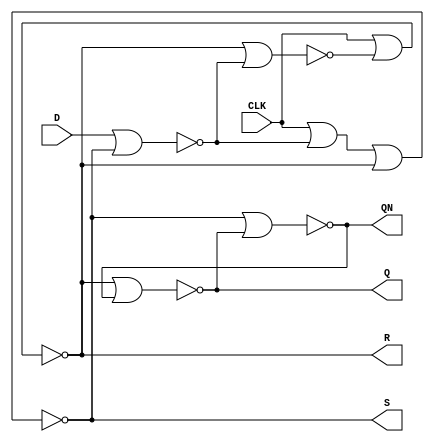
module Part3(CLK,D,R,S,Q,QN);
	input CLK,D;
	output R, S, Q, QN;
	wire CLK,D;
	assign Q = ~ ( R | QN );
	assign QN = ~ ( S | Q );
	assign S = ~(CLK | ~(D | S) | R);
	assign R = ~(CLK | ~(R | ~(D | S)));
endmodule